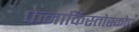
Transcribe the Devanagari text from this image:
फेनाकिस्तोस्कोप